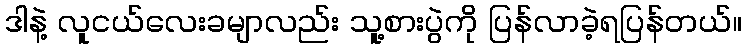
ဒါနဲ့ လူငယ်လေးခမျာလည်း သူ့စားပွဲကို ပြန်လာခဲ့ရပြန်တယ်။